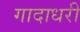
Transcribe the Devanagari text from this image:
गादाधरी